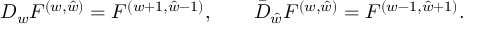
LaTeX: { D _ { w } F ^ { ( w , \hat { w } ) } = F ^ { ( w + 1 , \hat { w } - 1 ) } , \qquad \bar { D } _ { \hat { w } } F ^ { ( w , \hat { w } ) } = F ^ { ( w - 1 , \hat { w } + 1 ) } . }